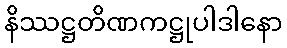
နိဿဋ္ဌတိဏကဋ္ဌုပါဒါနော